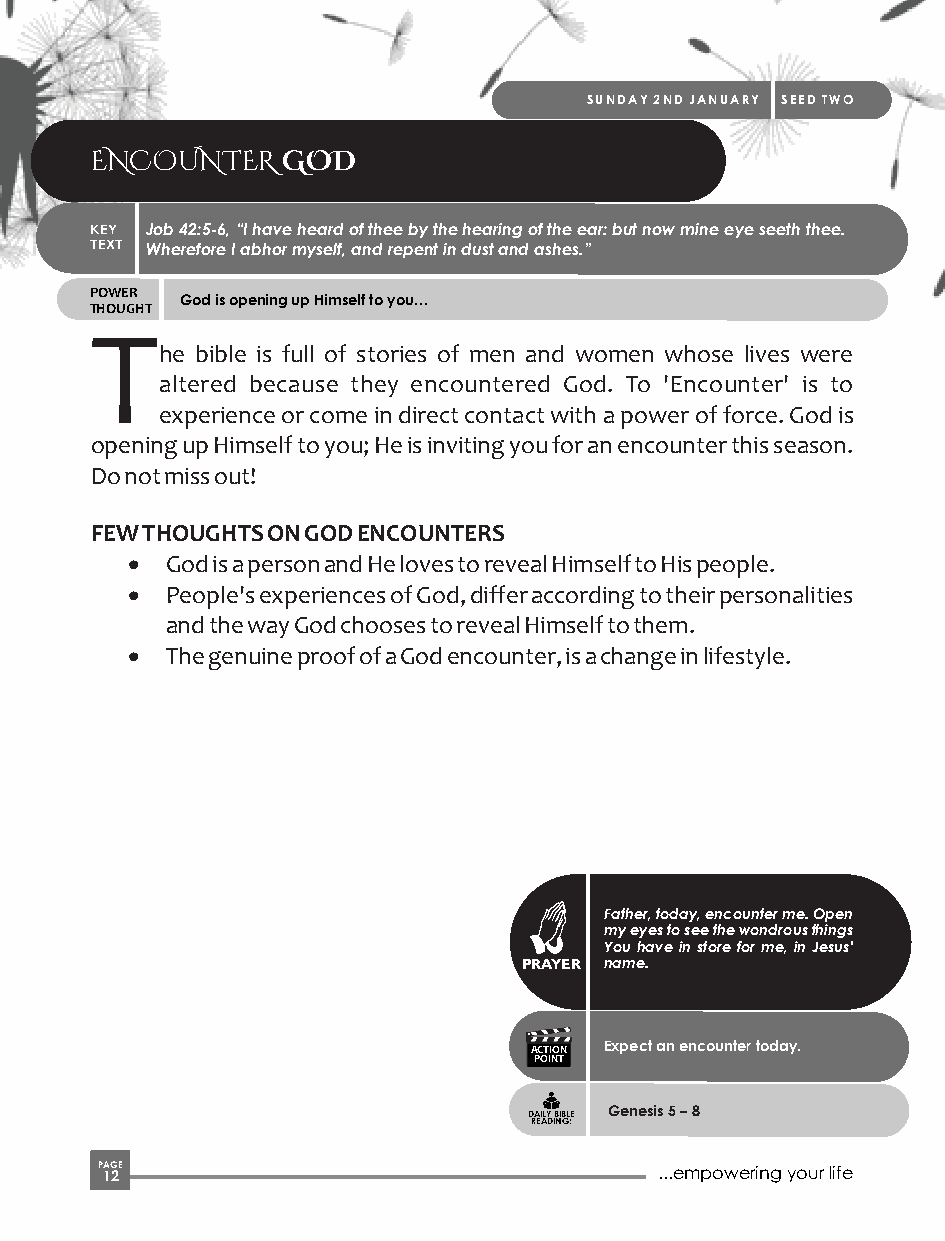
SUNDAY 2ND JANUARY SEED TWO
 ENCOUNTER    GOD
 KEY Job 42:5-6, “I have heard of thee by the hearing of the ear: but now mine eye seeth thee.
 TEXT Wherefore I abhor myself, and repent in dust and ashes.”
 POWER
 God is opening up Himself to you…
 THOUGHT
 T
 he bible is full of stories of men and women whose lives were
 altered because they encountered God. To 'Encounter' is to
 experience or come in direct contact with a power of force. God is
 opening up Himself to you; He is inviting you for an encounter this season.
 Do not miss out!
 FEW THOUGHTS ON GOD ENCOUNTERS
 ·  God is a person and He loves to reveal Himself to His people.
 ·  People's experiences of God, differ according to their personalities
 and the way God chooses to reveal Himself to them.
 ·  The genuine proof of a God encounter, is a change in lifestyle.
 Father, today, encounter me. Open
 my eyes to see the wondrous things
 You have in store for me, in Jesus'
 PRAYER name.
 ACTION Expect an encounter today.
 POINT
 Genesis 5 – 8
 DAILY BIBLE
 READING:
 P 1AG 2E                              ...empowering your life